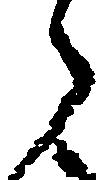
ら